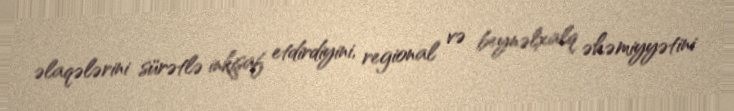
əlaqələrini sürətlə inkişaf etdirdiyini, regional və beynəlxalq əhəmiyyətini